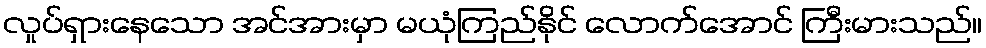
လှုပ်ရှားနေသော အင်အားမှာ မယုံကြည်နိုင် လောက်အောင် ကြီးမားသည်။